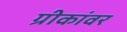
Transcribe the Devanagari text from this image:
ग्रीकांवर